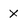
Character: X